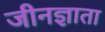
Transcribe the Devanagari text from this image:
जीनज्ञाता